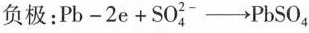
负极：$$P b - 2 e + S O _{ 2- } ^ { 4 } \rightarrow P b S O _ { 4 }$$